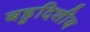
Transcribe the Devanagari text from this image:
बहुदिशीय